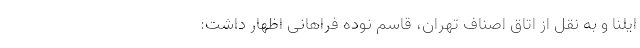
ایلنا و به نقل از اتاق اصناف تهران، قاسم نوده فراهانی اظهار داشت: